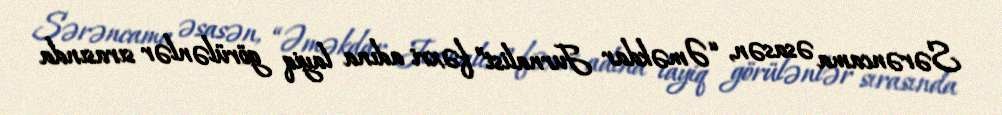
Sərəncama əsasən, “Əməkdar Jurnalist” fəxri adına layiq görülənlər sırasında